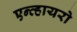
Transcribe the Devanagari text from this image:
एन्व्हायरो